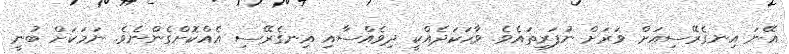
އޭނަ އިނގެރޭސިއަށް ވަރަށް ނުފަރިތައެވެ. ވާހަކަދެއްކީ ދިވެއްސާއި އިނގެރޭސި އެއްކޮށްގެންނެވެ. ނަމަކަށް ބުނީ